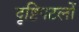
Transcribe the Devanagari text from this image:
दृष्टिपटलों